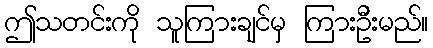
ဤသတင်းကို သူကြားချင်မှ ကြားဦးမည်။